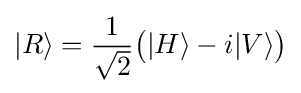
|R\rangle ={\frac {1}{\sqrt {2}}}{\big (}|H\rangle -i|V\rangle {\big )}